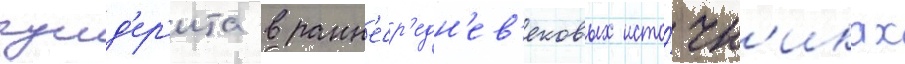
гунд'ер'ита в ранн'еср'едн'ев'ековых исто́чн'иках